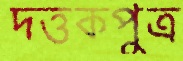
দত্তকপুত্র